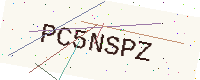
Text: PC5NSPZ